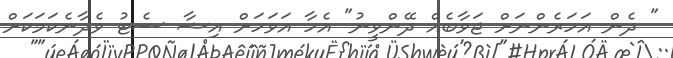
" ދެން އަހަރެންނަށް ޖަވާބެއް ދޭންވީނު" އެހާ އަވަހަށް އިޝާ ސެޓު ވެދާނެކަމަކަށް